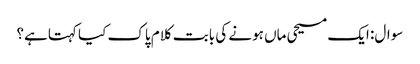
سوال: ایک مسیحی ماں ہونے کی بابت کلام پاک کیا کہتاہے؟